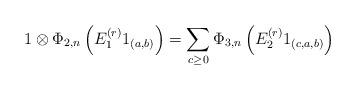
LaTeX: \begin{align*}1 \otimes \Phi_{2,n} \left( E_{1}^{(r)}1_{(a,b)} \right) = \sum_{c \geq 0} \Phi_{3,n}\left(E_{2}^{(r)}1_{(c,a,b)} \right)\end{align*}